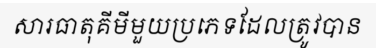
សារធាតុគីមីមួយប្រភេទដែលត្រូវបាន